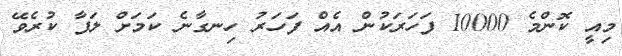
މިއީ ކޮންމެ 10000 ފަހަރަކުން އެއް ފަހަރު ހިނގާނެ ކަމަށް ލަފާ ކުރެވޭ